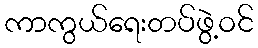
ကာကွယ်ရေးတပ်ဖွဲ့ဝင်